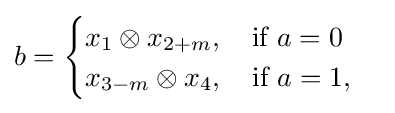
b={\begin{cases}x_{1}\otimes x_{2+m},\quad {\text{if }}a=0\\x_{3-m}\otimes x_{4},\quad {\text{if }}a=1,\end{cases}}